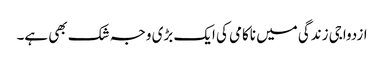
ازدواجی زندگی میں ناکامی کی ایک بڑی وجہ شک بھی ہے۔